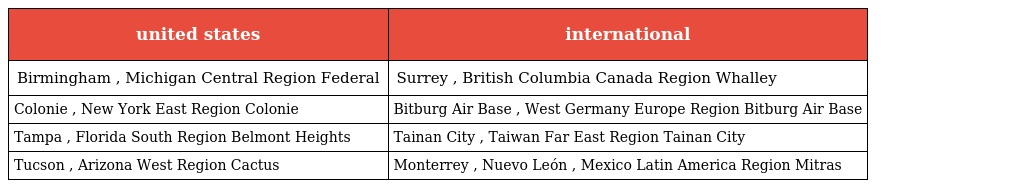
| united states | international |
 | --- | --- |
 | Birmingham , Michigan Central Region Federal | Surrey , British Columbia Canada Region Whalley |
 | Colonie , New York East Region Colonie | Bitburg Air Base , West Germany Europe Region Bitburg Air Base |
 | Tampa , Florida South Region Belmont Heights | Tainan City , Taiwan Far East Region Tainan City |
 | Tucson , Arizona West Region Cactus | Monterrey , Nuevo León , Mexico Latin America Region Mitras |